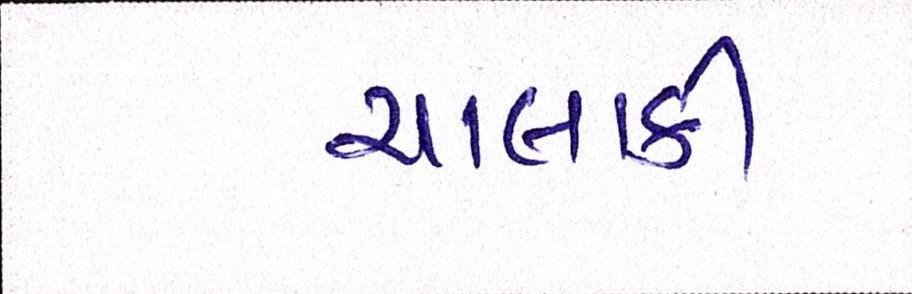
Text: ચાલાકી